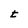
Character: t